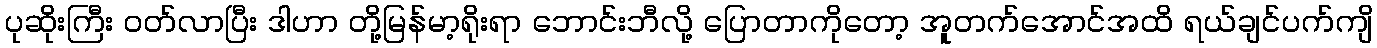
ပုဆိုးကြီး ဝတ်လာပြီး ဒါဟာ တို့မြန်မာ့ရိုးရာ ဘောင်းဘီလို့ ပြောတာကိုတော့ အူတက်အောင်အထိ ရယ်ချင်ပက်ကျိ